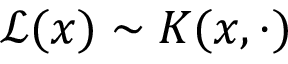
\mathcal { L } ( x ) \sim K ( x , \cdot )